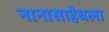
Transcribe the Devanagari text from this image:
नानासाहेबला